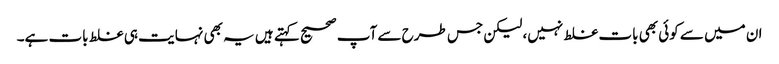
ان میں سے کوئی بھی بات غلط نہیں، لیکن جس طرح سے آپ صحیح کہتے ہیں یہ بھی نہایت ہی غلط بات ہے۔